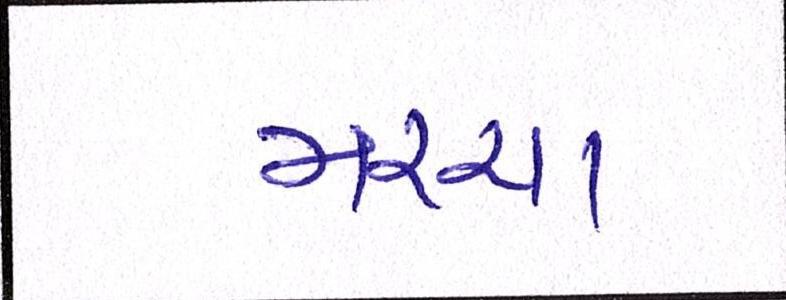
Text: મરચા